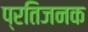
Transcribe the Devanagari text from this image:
प्रतिजनक